Vaccination report Assam 1896-1927 - 1896-1927
Year: 1896
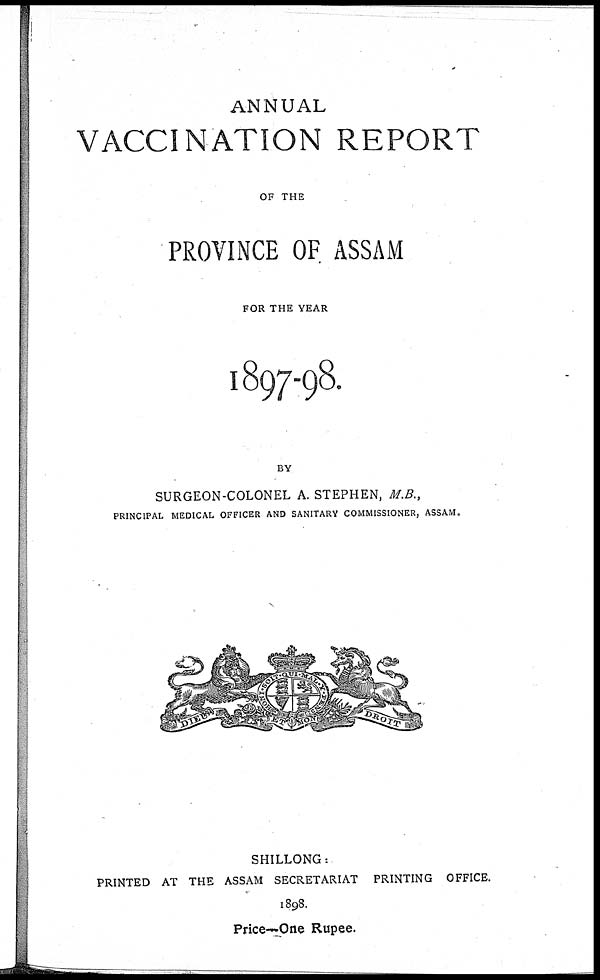
ANNUAL
VACCINATION REPORT
OF THE
PROVINCE OF ASSAM
FOR THE YEAR
1897-98.
BY
SURGEON-COLONEL A. STEPHEN, M.B.,
PRINCIPAL MEDICAL OFFICER AND SANITARY COMMISSIONER, ASSAM.
SHILLONG:
PRINTED AT THE ASSAM SECRETARIAT PRINTING OFFICE.
1898.
Price—One Rupee.